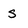
Character: s